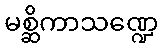
မစ္ဆိကာသဏ္ဍေ